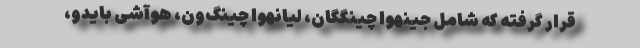
قرار گرفته که شامل جینهوا چینگگان، لیانهوا چینگ‌ون، هوآشی بایدو،